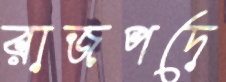
রাজপদে